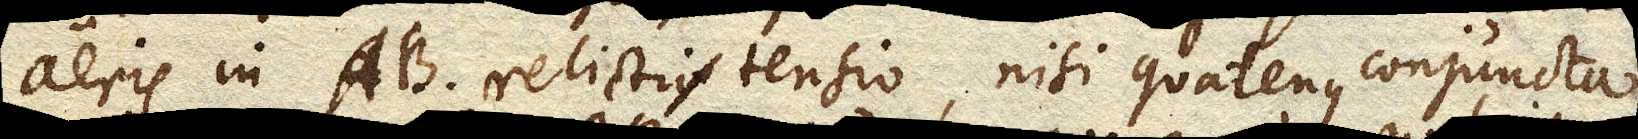
aeris in AB. relicti tensio, nisi quatenus conjuncta